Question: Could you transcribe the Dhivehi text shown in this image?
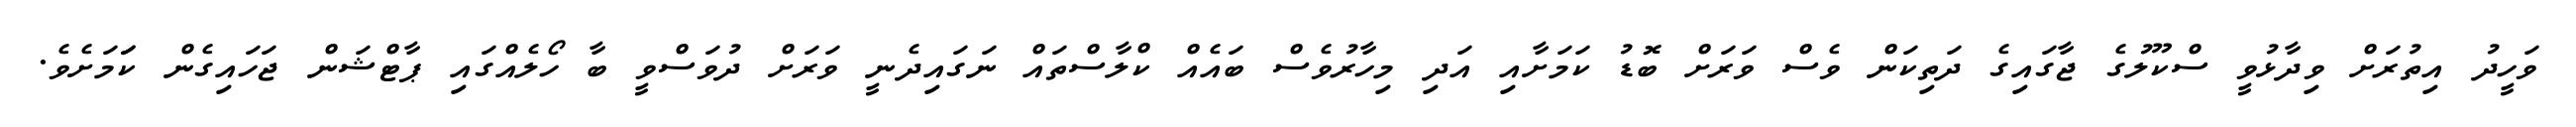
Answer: ވަހީދު އިތުރަށް ވިދާޅުވީ ސްކޫލުގެ ޖާގައިގެ ދަތިކަން ވެސް ވަރަށް ބޮޑު ކަމަށާއި އަދި މިހާރުވެސް ބައެއް ކްލާސްތައް ނަގައިދެނީ ވަރަށް ދުވަސްވީ ބާ ހޯލެއްގައި ޕާޓްޝަން ޖަހައިގެން ކަަމަށެވެ.